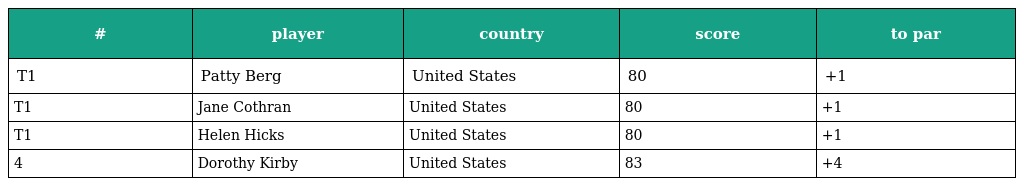
| # | player | country | score | to par |
 | --- | --- | --- | --- | --- |
 | T1 | Patty Berg | United States | 80 | +1 |
 | T1 | Jane Cothran | United States | 80 | +1 |
 | T1 | Helen Hicks | United States | 80 | +1 |
 | 4 | Dorothy Kirby | United States | 83 | +4 |